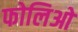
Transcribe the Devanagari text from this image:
फोलिओ